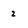
Character: 2